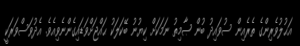
އަޙުލުވެރިންގެ ތެރެއިން ސުވައިދު ބުން ޞާމިތު ނަމަކަށް ކިޔުނު ބޭކަލަކު ޙައްޖަށްވަޑައިގެންނެވިއެވެ. އެދުވަސްވަރަކީ